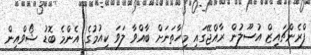
ފްރެންޗައިޒް އުސޫލުން ރާއްޖޭގައި މިހާތަނަށް ބާއްވާ ލަވަ ކިއުމުގެ އެންމެ ބޮޑު ޝޯވްއިން